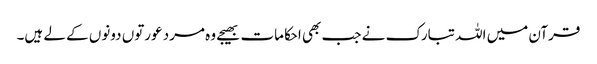
قرآن میں اللہ تبارک نے جب بھی احکامات بھیجے وہ مرد عورتوں دونوں کے لے ہیں۔